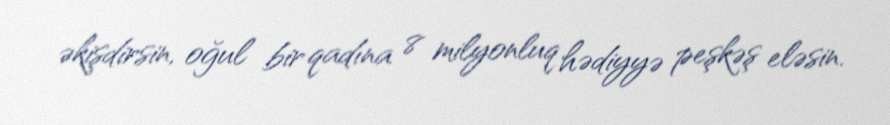
əkişdirsin, oğul bir qadına 8 milyonluq hədiyyə peşkəş eləsin.